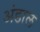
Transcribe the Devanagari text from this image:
अंडाल